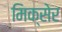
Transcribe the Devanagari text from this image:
मिक्सेर